Indian journal of veterinary science and animal husbandry - Volume 9,
Year: 1939
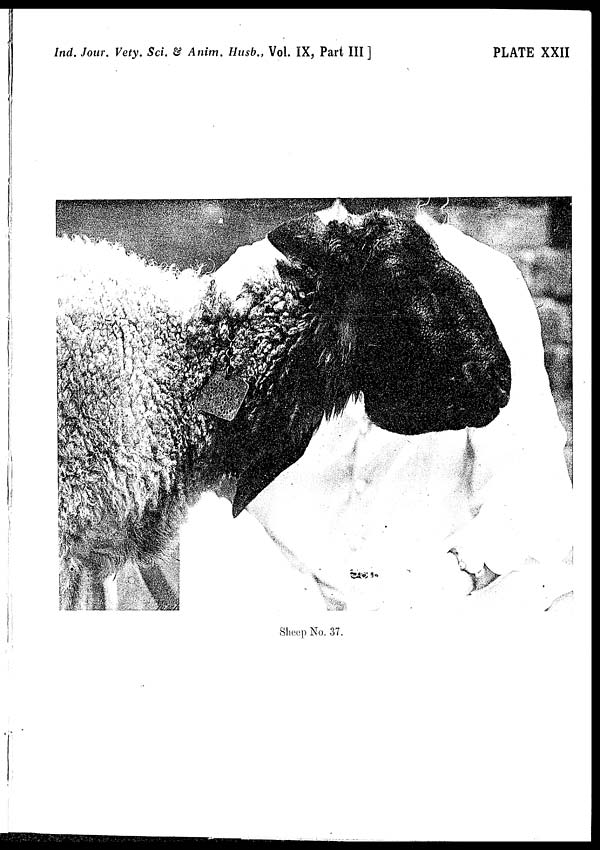
Ind. Jour. Vety. Sci. & Anim. Husb., Vol. IX, Part III ]
PLATE XXII
Sheep No. 37.